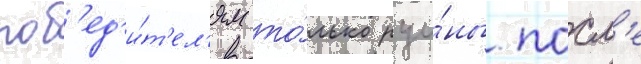
поб'ед'и́т'ел'ям то́лько руи́ны. посл'е